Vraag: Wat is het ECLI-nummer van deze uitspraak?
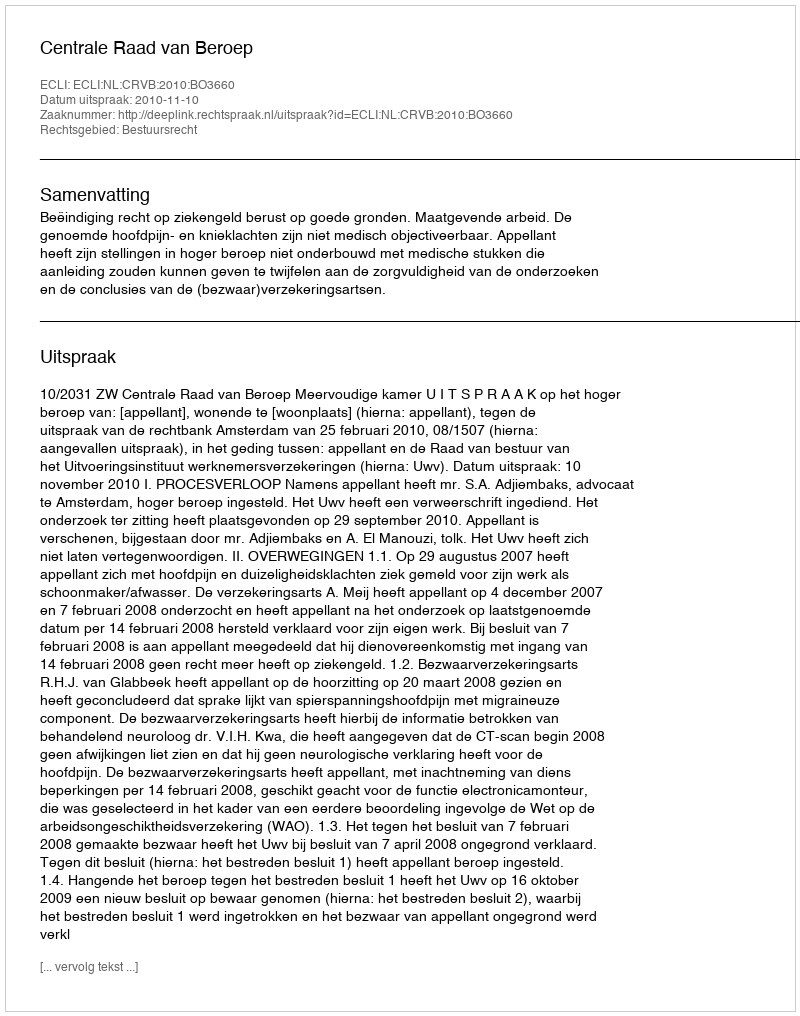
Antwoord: ECLI:NL:CRVB:2010:BO3660